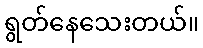
ရွတ်နေသေးတယ်။